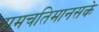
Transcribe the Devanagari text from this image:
रामचतिमानसके